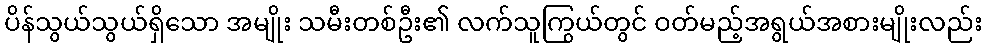
ပိန်သွယ်သွယ်ရှိသော အမျိုး သမီးတစ်ဦး၏ လက်သူကြွယ်တွင် ဝတ်မည့်အရွယ်အစားမျိုးလည်း